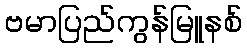
ဗမာပြည်ကွန်မြူနစ်